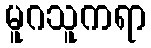
မူဂသူကရာ